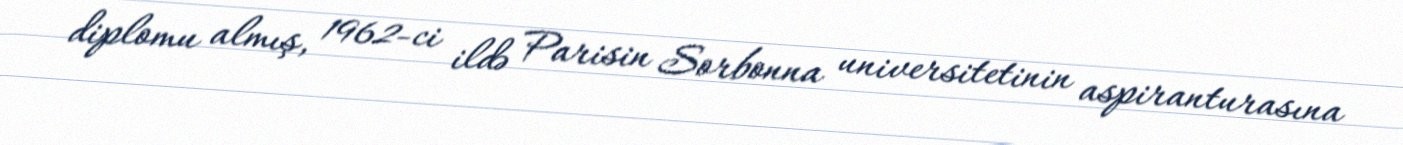
diplomu almış, 1962-ci ildə Parisin Sorbonna universitetinin aspiranturasına